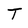
Character: T